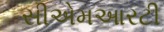
સીએમઆરટી